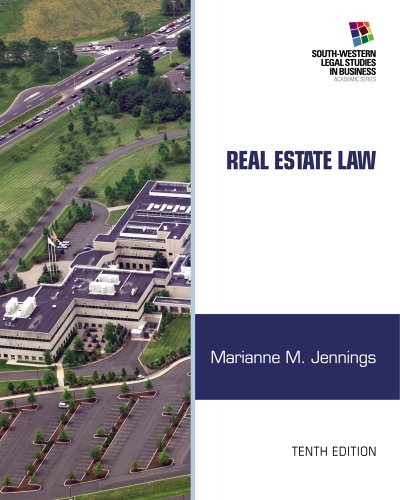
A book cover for Real Estate Law (South-Western Legal Studies in Business Academic); Marianne M. Jennings; Business & Money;